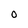
Character: 0